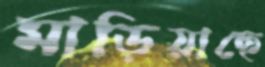
মাড়িয়াছে